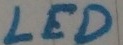
Text: LED